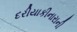
દરીયાકીનારાની